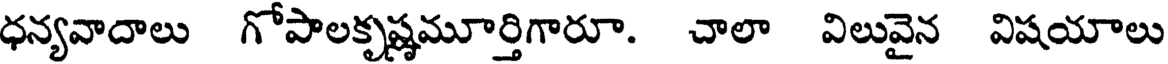
ధన్యవాదాలు గోపాలకృష్ణమూర్తిగారూ. చాలా విలువైన విషయాలు